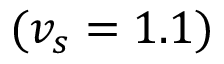
( v _ { s } = 1 . 1 )